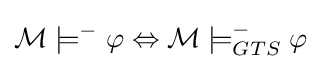
{\mathcal {M}}\models ^{-}\varphi \Leftrightarrow {\mathcal {M}}\models _{GTS}^{-}\varphi